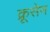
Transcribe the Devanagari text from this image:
क्रूसेन